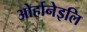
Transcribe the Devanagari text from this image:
ओर्हानेइलि